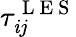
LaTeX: \tau_{\mathit{i}j}^{\mathrm{{~L~E~S~}}}